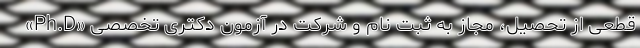
قطعی از تحصیل، مجاز به ثبت نام و شرکت در آزمون دکتری تخصصی «Ph.D»